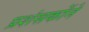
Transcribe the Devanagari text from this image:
प्रशंसकोंने